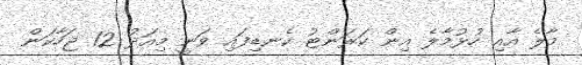
މާލެ އާއި ހުޅުމާލެ އިން ކަރަންޓު ކެނޑިފައި ވަނީ މިއަދު 12 ޖަހާކަން